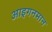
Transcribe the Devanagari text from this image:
आइगनमान